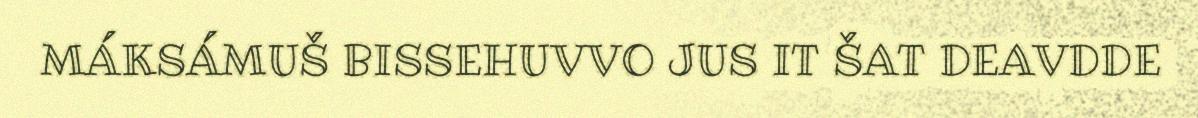
MÁKSÁMUŠ BISSEHUVVO JUS IT ŠAT DEAVDDE